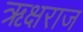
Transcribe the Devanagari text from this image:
ऋक्षराज